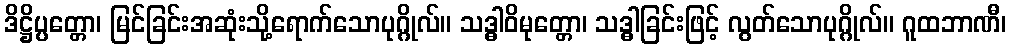
ဒိဋ္ဌိပ္ပတ္တော၊ မြင်ခြင်းအဆုံးသို့ရောက်သောပုဂ္ဂိုလ်။ သဒ္ဓါဝိမုတ္တော၊ သဒ္ဓါခြင်းဖြင့် လွတ်သောပုဂ္ဂိုလ်။ ဂူထဘာဏီ၊